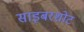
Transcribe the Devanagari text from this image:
साइबरशोट